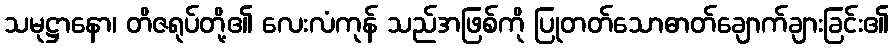
သမုဋ္ဌာနော၊ တိဇရုပ်တို့၏ လေးလံကုန် သည်အဖြစ်ကို ပြုတတ်သောဓာတ်ချောက်ချားခြင်း၏